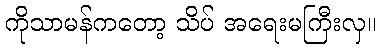
ကိုသာမန်ကတော့ သိပ် အရေးမကြီးလှ။